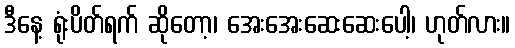
ဒီနေ့ ရုံးပိတ်ရက် ဆိုတော့၊ အေးအေးဆေးဆေးပေါ့၊ ဟုတ်လား။